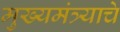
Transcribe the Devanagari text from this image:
मुख्यमंत्र्याचे